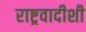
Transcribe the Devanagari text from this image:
राष्ट्रवादीशी